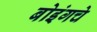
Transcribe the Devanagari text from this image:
बोइंगचे